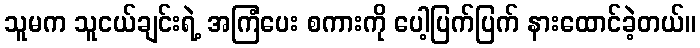
သူမက သူငယ်ချင်းရဲ့ အကြံပေး စကားကို ပေါ့ပြက်ပြက် နားထောင်ခဲ့တယ်။